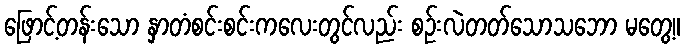
ဖြောင့်တန်းသော နှာတံစင်းစင်းကလေးတွင်လည်း စဉ်းလဲတတ်သောသဘော မတွေ့။